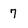
Character: 7